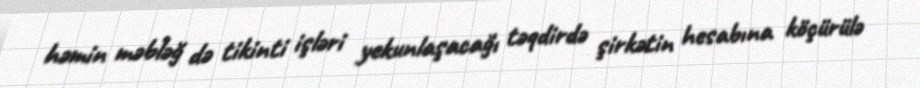
həmin məbləğ də tikinti işləri yekunlaşacağı təqdirdə şirkətin hesabına köçürülə